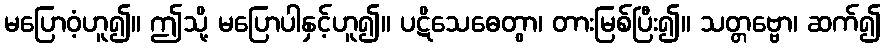
မပြောဝံ့ဟူ၍။ ဤသို့ မပြောပါနှင့်ဟူ၍။ ပဋိသေဓေတွာ၊ တားမြစ်ပြီး၍။ သတ္တဗ္ဗော၊ ဆက်၍